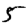
Digit: 5